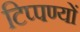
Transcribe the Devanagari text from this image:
टिप्पण्यों